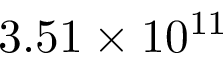
{ 3 . 5 1 \times 1 0 ^ { 1 1 } }